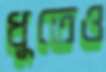
ধুতেও